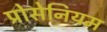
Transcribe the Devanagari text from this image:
प्रोसेनियम